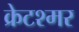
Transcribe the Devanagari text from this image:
क्रेटश्मर